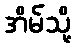
အိမ်သို့